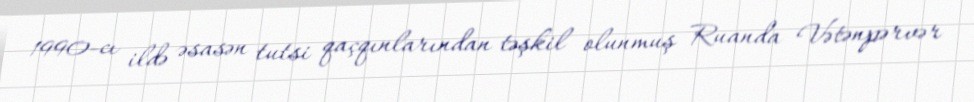
1990-cı ildə əsasən tutsi qaçqınlarından təşkil olunmuş Ruanda Vətənpərvər